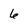
Character: 6